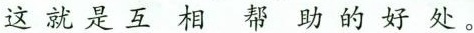
这就是互相帮助的好处。